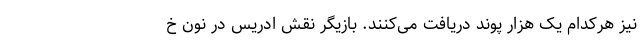
نیز هرکدام یک هزار پوند دریافت می‌کنند. بازیگر نقش ادریس در نون خ